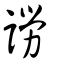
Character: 䜎